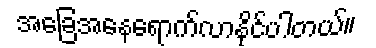
အခြေအနေရောက်လာနိုင်ပါတယ်။